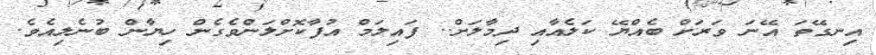
އިނގޭތަ އޭނަ ވަރަށް ބެއްޔޭ ކަލެއާއި ދިމާލަށް.. ފައިލަމް އުފާކޮށްލަންވެގެން ހިޔާން ބުނެލިއެވެ.